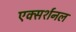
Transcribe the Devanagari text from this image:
एक्सर्शनल